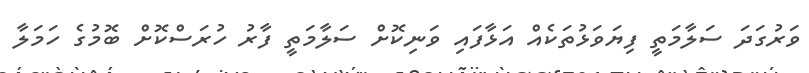
ވަރުގަދަ ސަލާމަތީ ފިޔަވަޅުތަކެއް އަޅާފައި ވަނިކޮށް ސަލާމަތީ ފާރު ހުރަސްކޮށް ބޮމުގެ ހަމަލާ